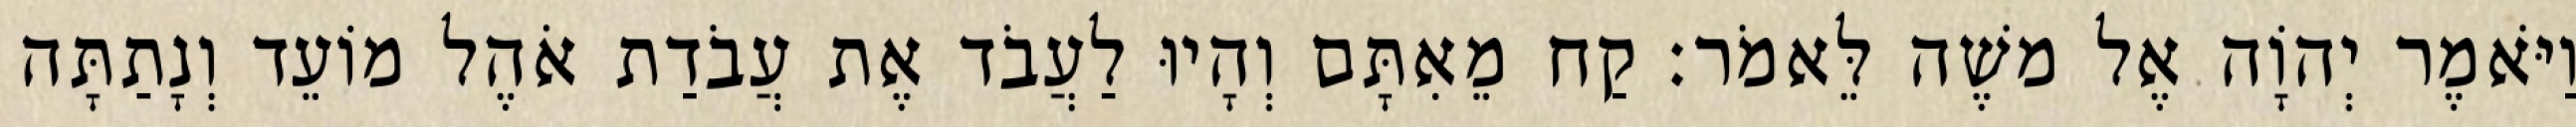
וַיֹּאמֶר יְהוָֹה אֶל משֶׁה לֵּאמֹר׃ קַח מֵאִתָּם וְהָיוּ לַעֲבֹד אֶת עֲבֹדַת אֹהֶל מוֹעֵד וְנָתַתָּה